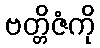
ဗတ္တိဇံကို